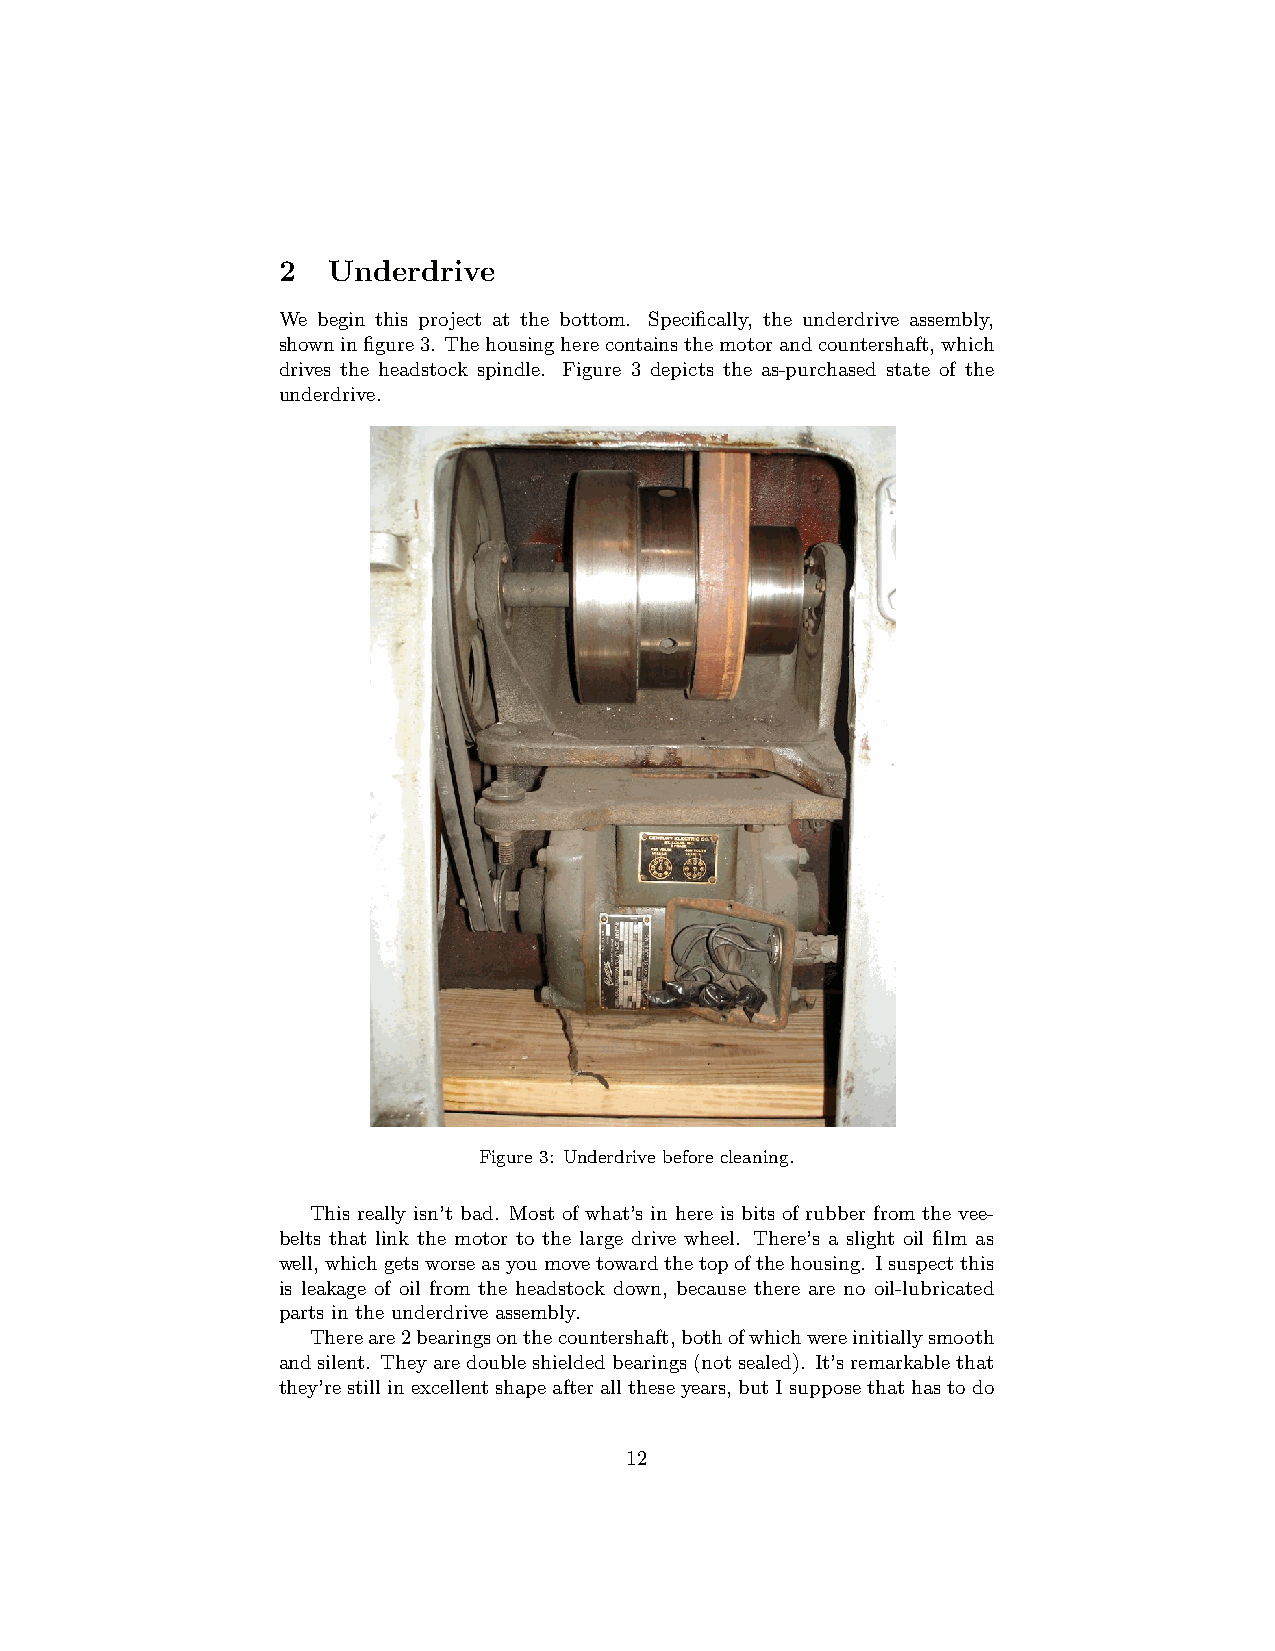
2   Underdrive
 We begin this project at the bottom. Specifically, the underdrive assembly,
 showninfigure3. Thehousingherecontainsthemotorandcountershaft,which
 drives the headstock spindle. Figure 3 depicts the as-purchased state of the
 underdrive.
 Figure 3: Underdrive before cleaning.
 This really isn’t bad. Most of what’s in here is bits of rubber from the vee-
 belts that link the motor to the large drive wheel. There’s a slight oil film as
 well,whichgetsworseasyoumovetowardthetopofthehousing. Isuspectthis
 is leakage of oil from the headstock down, because there are no oil-lubricated
 parts in the underdrive assembly.
 Thereare2bearingsonthecountershaft,bothofwhichwereinitiallysmooth
 andsilent. Theyaredoubleshieldedbearings(notsealed). It’sremarkablethat
 they’restillinexcellentshapeafteralltheseyears, butIsupposethathastodo
 12